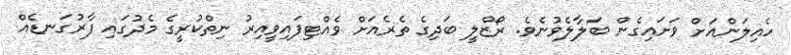
ހެއިލަންއަށް ވަށައިގެން ބަލާލެވުނެވެ. ރޯޒްލީ ބަދިގެ ތެރެއަށް ވެއްޓިފައިވީއިރު ނިތްކުރީގެ މެދުގައި ފާރުގަނޑެއް